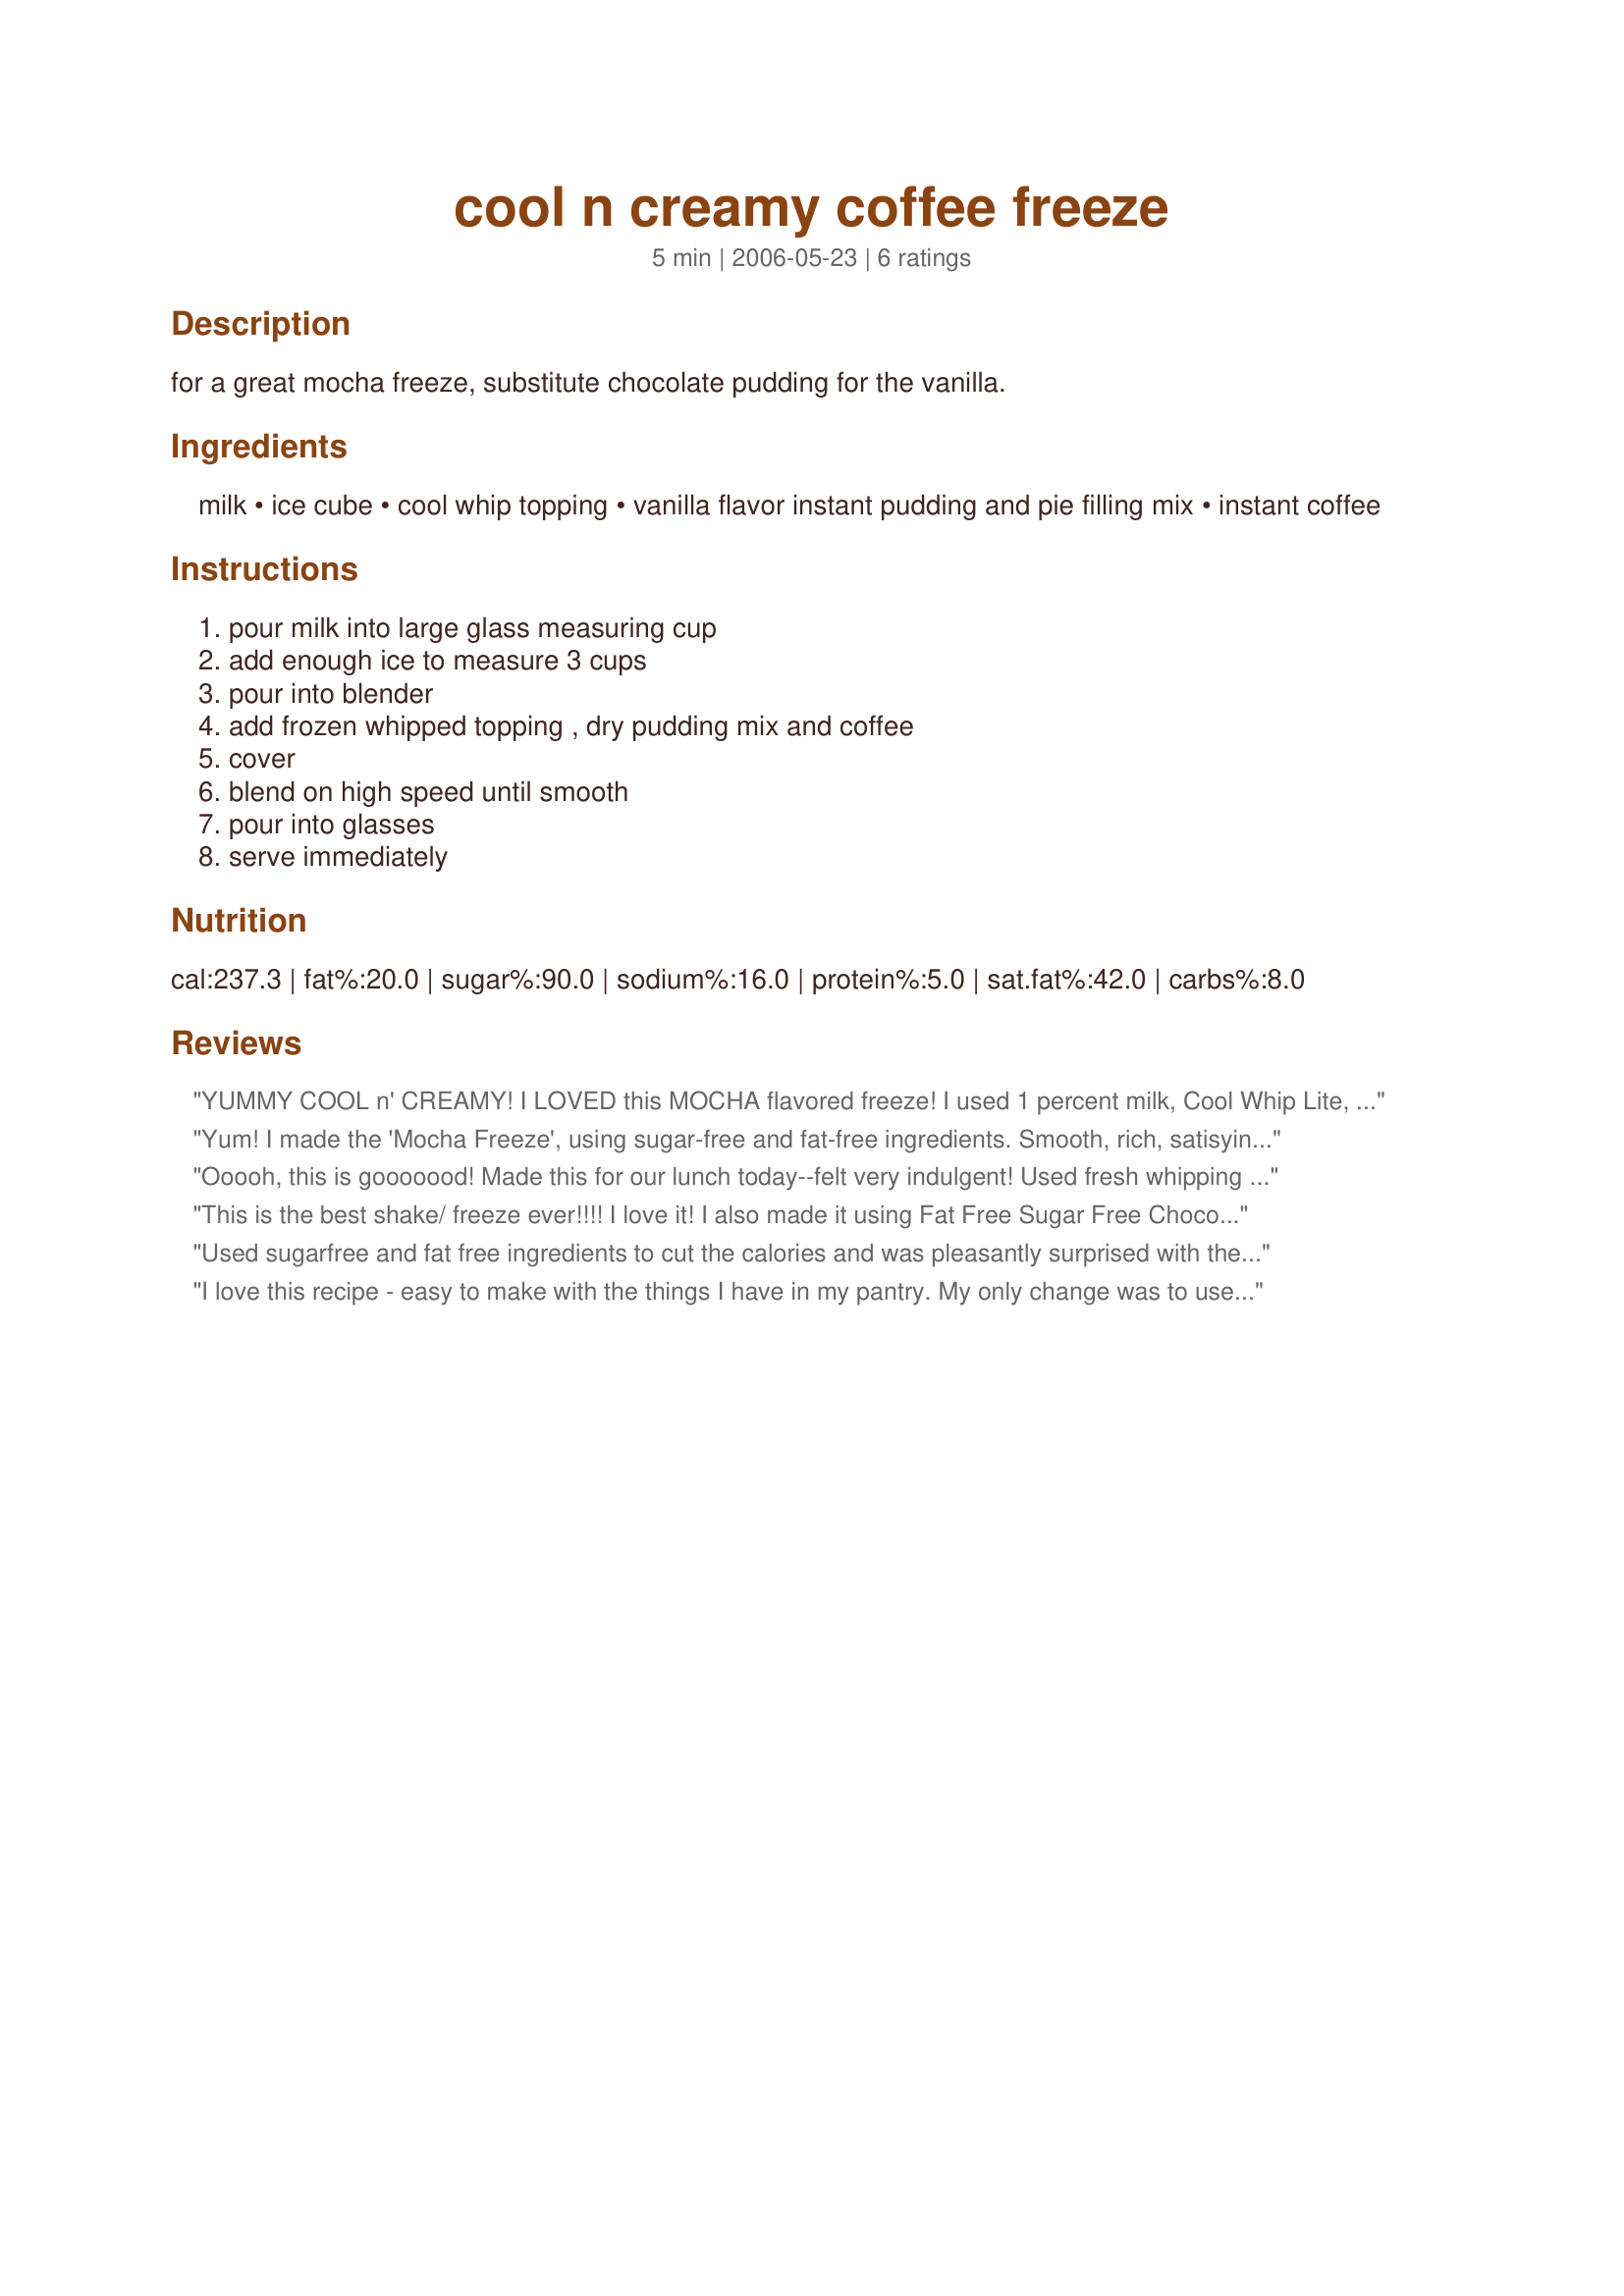
cool n creamy coffee freeze
Preparation time: 5 minutes

for a great mocha freeze, substitute chocolate pudding for the vanilla.

Ingredients:
milk, ice cube, cool whip topping, vanilla flavor instant pudding and pie filling mix, instant coffee

Steps:
pour milk into large glass measuring cup, add enough ice to measure 3 cups, pour into blender, add frozen whipped topping , dry pudding mix and coffee, cover, blend on high speed until smooth, pour into glasses, serve immediately

Reviews:
YUMMY COOL n' CREAMY! I LOVED this MOCHA flavored freeze! I used 1 percent milk, Cool Whip Lite, sugar-free chocolate pudding and decaf instant coffee. I put it in some rammekins to serve and froze the leftovers...if you thaw it a little it's just as good! To serve it, I topped it with cinnamon. I think this would make a great pudding smoothy if you add more milk. Made for Photo tag.
Yum! I made the 'Mocha Freeze', using sugar-free and fat-free ingredients. Smooth, rich, satisying, and definitely satisfied our "chocolate bone" as DH says!! Thank you for a keeper.:)
Ooooh, this is gooooood! Made this for our lunch today--felt very indulgent! Used fresh whipping cream and only HALF the amount of coffee called for (we're not very BIG coffee drinkers)....so this was Just Right for our little taste buds! KEEEEEEPER! UPDATE 4-30-07....had this again today, and used CHOCOLATE pudding instead of vanilla, hard-to-believe you could get any better than five stars, but the chocolate just jumped it up to 6 or 7!!!! Yummmmmmmmmm!

*Mother's Day Update 2007* Served this again, hubby said, "This definitely gets five stars!"
This is the best shake/ freeze ever!!!! I love it! I also made it using Fat Free Sugar Free Chocolate Pudding. And FYI- if you are out of Cool Whip you can still make it & it's good!- just use less ice and know that it's not as creamy as the original.
Used sugarfree and fat free ingredients to cut the calories and was pleasantly surprised with the results. So darn good it had me going back for another! DD had one along with me and she was happy as a clam while slurping away on hers! Thanks!
I love this recipe - easy to make with the things I have in my pantry. My only change was to use Instant Expresso powder, which gives it a bit more **caffeine** kick!! Yummy!
